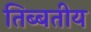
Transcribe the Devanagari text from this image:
तिब्बतीय